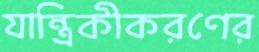
যান্ত্রিকীকরণের